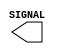
  // FAVOR COLOCAR NOME E MATRICULA

module clock #(parameter delay = 5)
            (output reg SIGNAL);
    initial begin
        SIGNAL = 0;
    end
    always begin
        #(delay) SIGNAL = ~SIGNAL;
    end
endmodule

module mealy_fsm(input A, input CLK,
                output S);
    reg [2:0] FF;
                                        // SE POSSIVEL, USAR PORTAS
    assign S = A & ~FF[2] & FF[1] & ~FF[0];
    
    initial begin
        FF = 0;
    end
    always @ (posedge CLK) begin
        FF[0] = FF[1];
        #1 FF[1] = FF[2];
        #1 FF[2] = A;
    end
endmodule

module testbench();
    reg A;
    wire S, CLK_SIG;
    
    clock CLOCK(CLK_SIG);
    mealy_fsm FSM(A, CLK_SIG, S);
    
    initial begin
        $dumpvars;
        A = 1;
        #10 A = 0;
        #10 A = 1;
        #10 A = 0;
        #10 A = 1;
        #10 A = 0;
        #10 A = 0;
        #30 $finish;
    end
endmodule